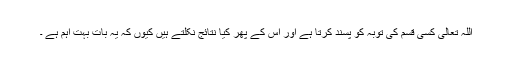
اللہ تعالیٰ کسی قسم کی توبہ کو پسند کرتا ہے اور اس کے پھر کیا نتائج نکلتے ہیں کیوں کہ یہ بات بہت اہم ہے ۔